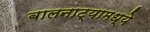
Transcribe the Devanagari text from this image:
बालनाट्यामध्ये